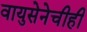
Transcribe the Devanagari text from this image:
वायुसेनेचीही